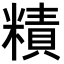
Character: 𥼃